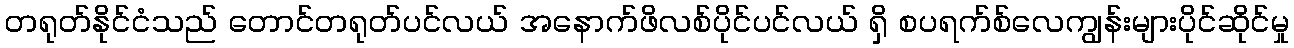
တရုတ်နိုင်ငံသည် တောင်တရုတ်ပင်လယ် အနောက်ဖိလစ်ပိုင်ပင်လယ် ရှိ စပရက်စ်လေကျွန်းများပိုင်ဆိုင်မှု